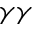
\gamma \gamma